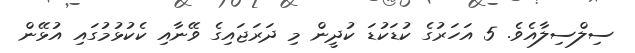
ސިލްސިލާއެވެ. 5 އަހަރުގެ ކުޑަކުޑަ ކުދީން މި ދަރަޖައިގެ ވޭނާއި ކެކުޅުމުގައި އުޅޭން